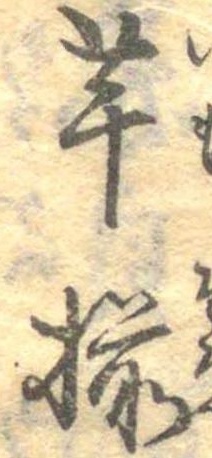
芋揃